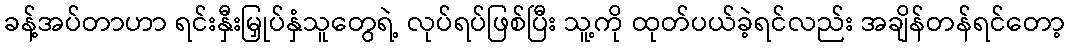
ခန့်အပ်တာဟာ ရင်းနှီးမြှုပ်နှံသူတွေရဲ့ လုပ်ရပ်ဖြစ်ပြီး သူ့ကို ထုတ်ပယ်ခဲ့ရင်လည်း အချိန်တန်ရင်တော့